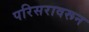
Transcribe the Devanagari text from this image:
परिसरावरून